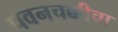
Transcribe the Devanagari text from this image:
पवनचक्कीचा